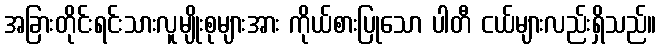
အခြားတိုင်းရင်းသားလူမျိုးစုများအား ကိုယ်စားပြုသော ပါတီ ငယ်များလည်းရှိသည်။